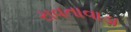
રાવતાવાડા